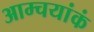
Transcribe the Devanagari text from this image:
आम्चयांकं